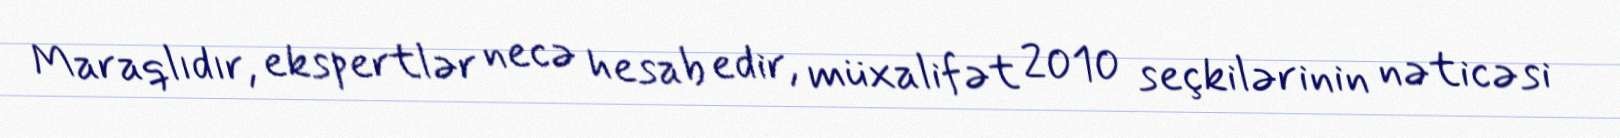
Maraqlıdır, ekspertlər necə hesab edir, müxalifət 2010 seçkilərinin nəticəsi